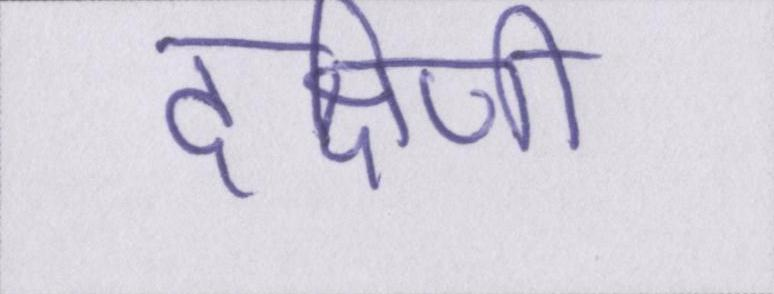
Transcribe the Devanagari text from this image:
दक्षिणी